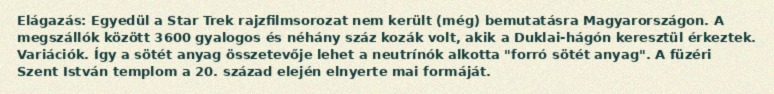
Elágazás: Egyedül a Star Trek rajzfilmsorozat nem került (még) bemutatásra Magyarországon. A megszállók között 3600 gyalogos és néhány száz kozák volt, akik a Duklai-hágón keresztül érkeztek. Variációk. Így a sötét anyag összetevője lehet a neutrínók alkotta "forró sötét anyag". A füzéri Szent István templom a 20. század elején elnyerte mai formáját.